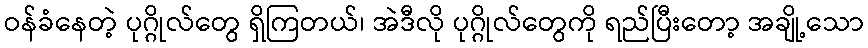
ဝန်ခံနေတဲ့ ပုဂ္ဂိုလ်တွေ ရှိကြတယ်၊ အဲဒီလို ပုဂ္ဂိုလ်တွေကို ရည်ပြီးတော့ အချို့သော